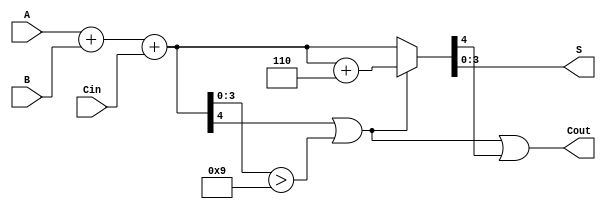
module BCD_Fast_Adder (
    input  [3:0] A,     // First BCD digit
    input  [3:0] B,     // Second BCD digit
    input        Cin,    // Carry-in
    output [3:0] S,      // BCD Sum
    output       Cout     // Carry-out
);

    wire [4:0] Sum;          // 5-bit sum to accommodate carry
    wire Cout_int;           // Intermediate carry-out
    wire [3:0] Correction;   // Correction value (6 in BCD)
    wire [4:0] Corrected_Sum; // Sum after correction

    // Binary Adder
    assign Sum = A + B + Cin; // Compute the initial sum

    // Determine if correction is needed
    assign Cout_int = Sum[4] | (Sum[3:0] > 4'b1001); // Check for overflow

    // Correction value (6 in BCD)
    assign Correction = 4'b0110;

    // Apply correction if needed
    assign Corrected_Sum = Cout_int ? (Sum + Correction) : Sum;

    // Final BCD sum output
    assign S = Corrected_Sum[3:0];

    // Final carry-out
    assign Cout = Cout_int | Corrected_Sum[4];

endmodule